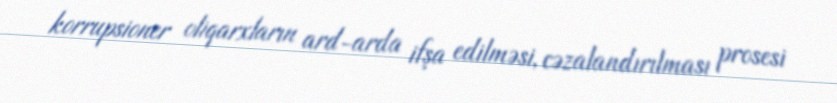
korrupsioner oliqarxların ard-arda ifşa edilməsi, cəzalandırılması prosesi